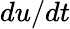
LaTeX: du/dt